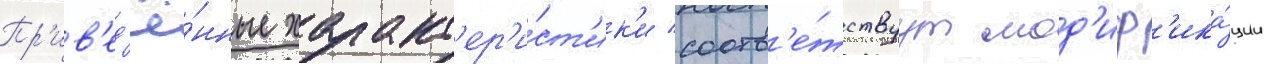
Пр'ив'ед'ё́нные характ'ер'и́ст'ик'и соотв'е́тствуут мод'иф'ика́ции